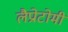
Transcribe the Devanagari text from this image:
लैप्रोटोमी